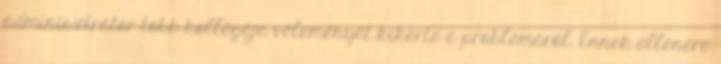
adminisztrátor több kollégája véleményét kikérte a problémáról. Ennek ellenére